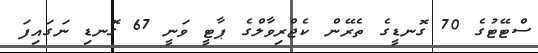
ސްޓޭޓުގެ 70 ގޮނޑީގެ ތެރޭން ކެޖްރިވާލްގެ ޕާޓީ ވަނީ 67 ގޮނޑި ނަގައިފަ